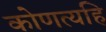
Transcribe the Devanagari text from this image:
कोणत्यहि